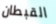
القبطان